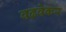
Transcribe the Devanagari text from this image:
वढवेकर